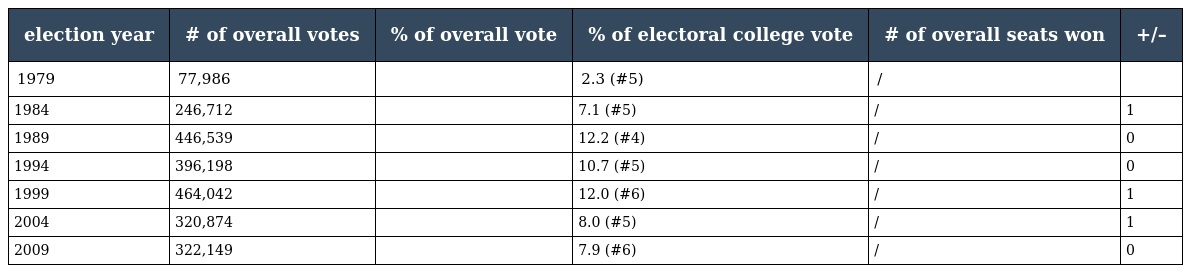
| election year | # of overall votes | % of overall vote | % of electoral college vote | # of overall seats won | +/– |
 | --- | --- | --- | --- | --- | --- |
 | 1979 | 77,986 |  | 2.3 (#5) | / |  |
 | 1984 | 246,712 |  | 7.1 (#5) | / | 1 |
 | 1989 | 446,539 |  | 12.2 (#4) | / | 0 |
 | 1994 | 396,198 |  | 10.7 (#5) | / | 0 |
 | 1999 | 464,042 |  | 12.0 (#6) | / | 1 |
 | 2004 | 320,874 |  | 8.0 (#5) | / | 1 |
 | 2009 | 322,149 |  | 7.9 (#6) | / | 0 |